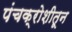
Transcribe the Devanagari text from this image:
पंचक्रोशीतून